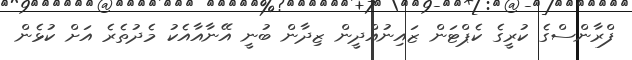
ފްރާންސްގެ ކުރީގެ ކެޕްޓަން ޒައިނުއްދީން ޒިދާން ބުނީ އޭނާއާއެކު މެދުތެރެ އަށް ކުޅެން